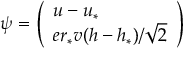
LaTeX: \psi = \left( \begin{array} { l } { { u - u _ { * } } } \\ { { e r _ { * } v ( h - h _ { * } ) / \sqrt { 2 } } } \end{array} \right)